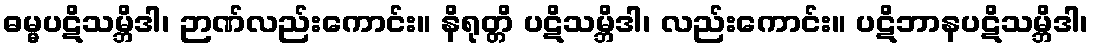
ဓမ္မပဋိသမ္ဘိဒါ၊ ဉာဏ်လည်းကောင်း။ နိရုတ္တိ ပဋိသမ္ဘိဒါ၊ လည်းကောင်း။ ပဋိဘာနပဋိသမ္ဘိဒါ၊